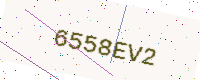
Text: 6558EV2